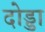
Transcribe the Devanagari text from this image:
दोड्डा